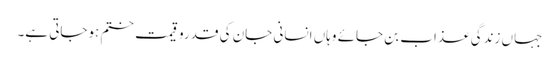
جہاں زندگی عذاب بن جائے وہاں انسانی جان کی قدروقیمت ختم ہوجاتی ہے۔